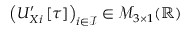
\left( U _ { X i } ^ { \prime } \left[ \tau \right] \right) _ { i \in \mathcal { I } } \in \mathcal { M } _ { 3 \times 1 } ( \mathbb { R } )